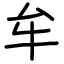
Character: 牟